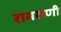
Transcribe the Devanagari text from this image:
रामराणी